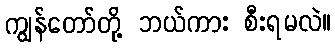
ကျွန်တော်တို့ ဘယ်ကား စီးရမလဲ။